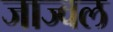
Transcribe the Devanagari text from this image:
जाज्वल